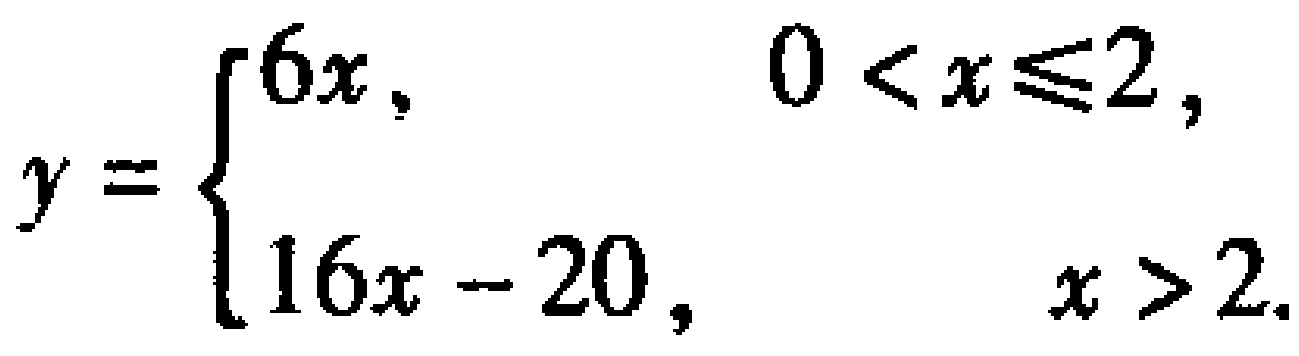
\[
y =
\begin{cases}
6x, & 0 < x \leq 2, \\
16x - 20, & x > 2.
\end{cases}
\]